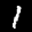
Label: 1